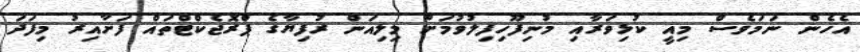
އެހެން ނަމަވެސް މިއީ ކުޅިވަރާއި މުނިފޫހިފިލުވުމަށް މިލިއަން ރުފިޔާގެ ޕްރޮޖެކްޓްތައް ފަށާއިރު މިފަދަ